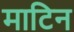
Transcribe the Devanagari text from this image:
माटिन